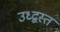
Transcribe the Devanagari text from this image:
उध्द्वस्त